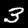
Digit: 3